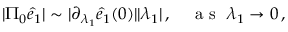
\begin{array} { r } { \vert \Pi _ { 0 } \hat { e } _ { 1 } \vert \sim \vert \partial _ { \lambda _ { 1 } } \hat { e } _ { 1 } ( 0 ) \vert \vert \lambda _ { 1 } \vert \, , ~ ~ ~ \mathrm { ~ a ~ s ~ } ~ \lambda _ { 1 } \rightarrow 0 \, , } \end{array}